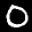
Label: 0